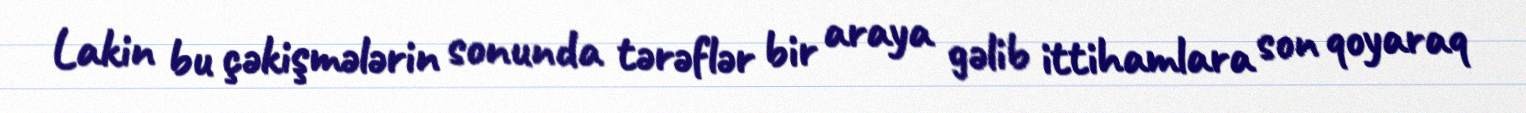
Lakin bu çəkişmələrin sonunda tərəflər bir araya gəlib ittihamlara son qoyaraq